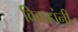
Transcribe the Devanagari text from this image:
विवाहांनी